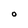
Character: O